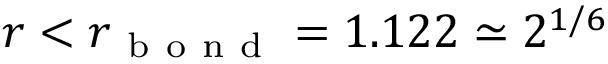
r < r _ { \mathrm { ~ b ~ o ~ n ~ d ~ } } = 1 . 1 2 2 \simeq 2 ^ { 1 / 6 }